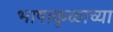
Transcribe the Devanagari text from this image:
भाषाकुळाच्या